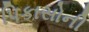
પિકાસોની